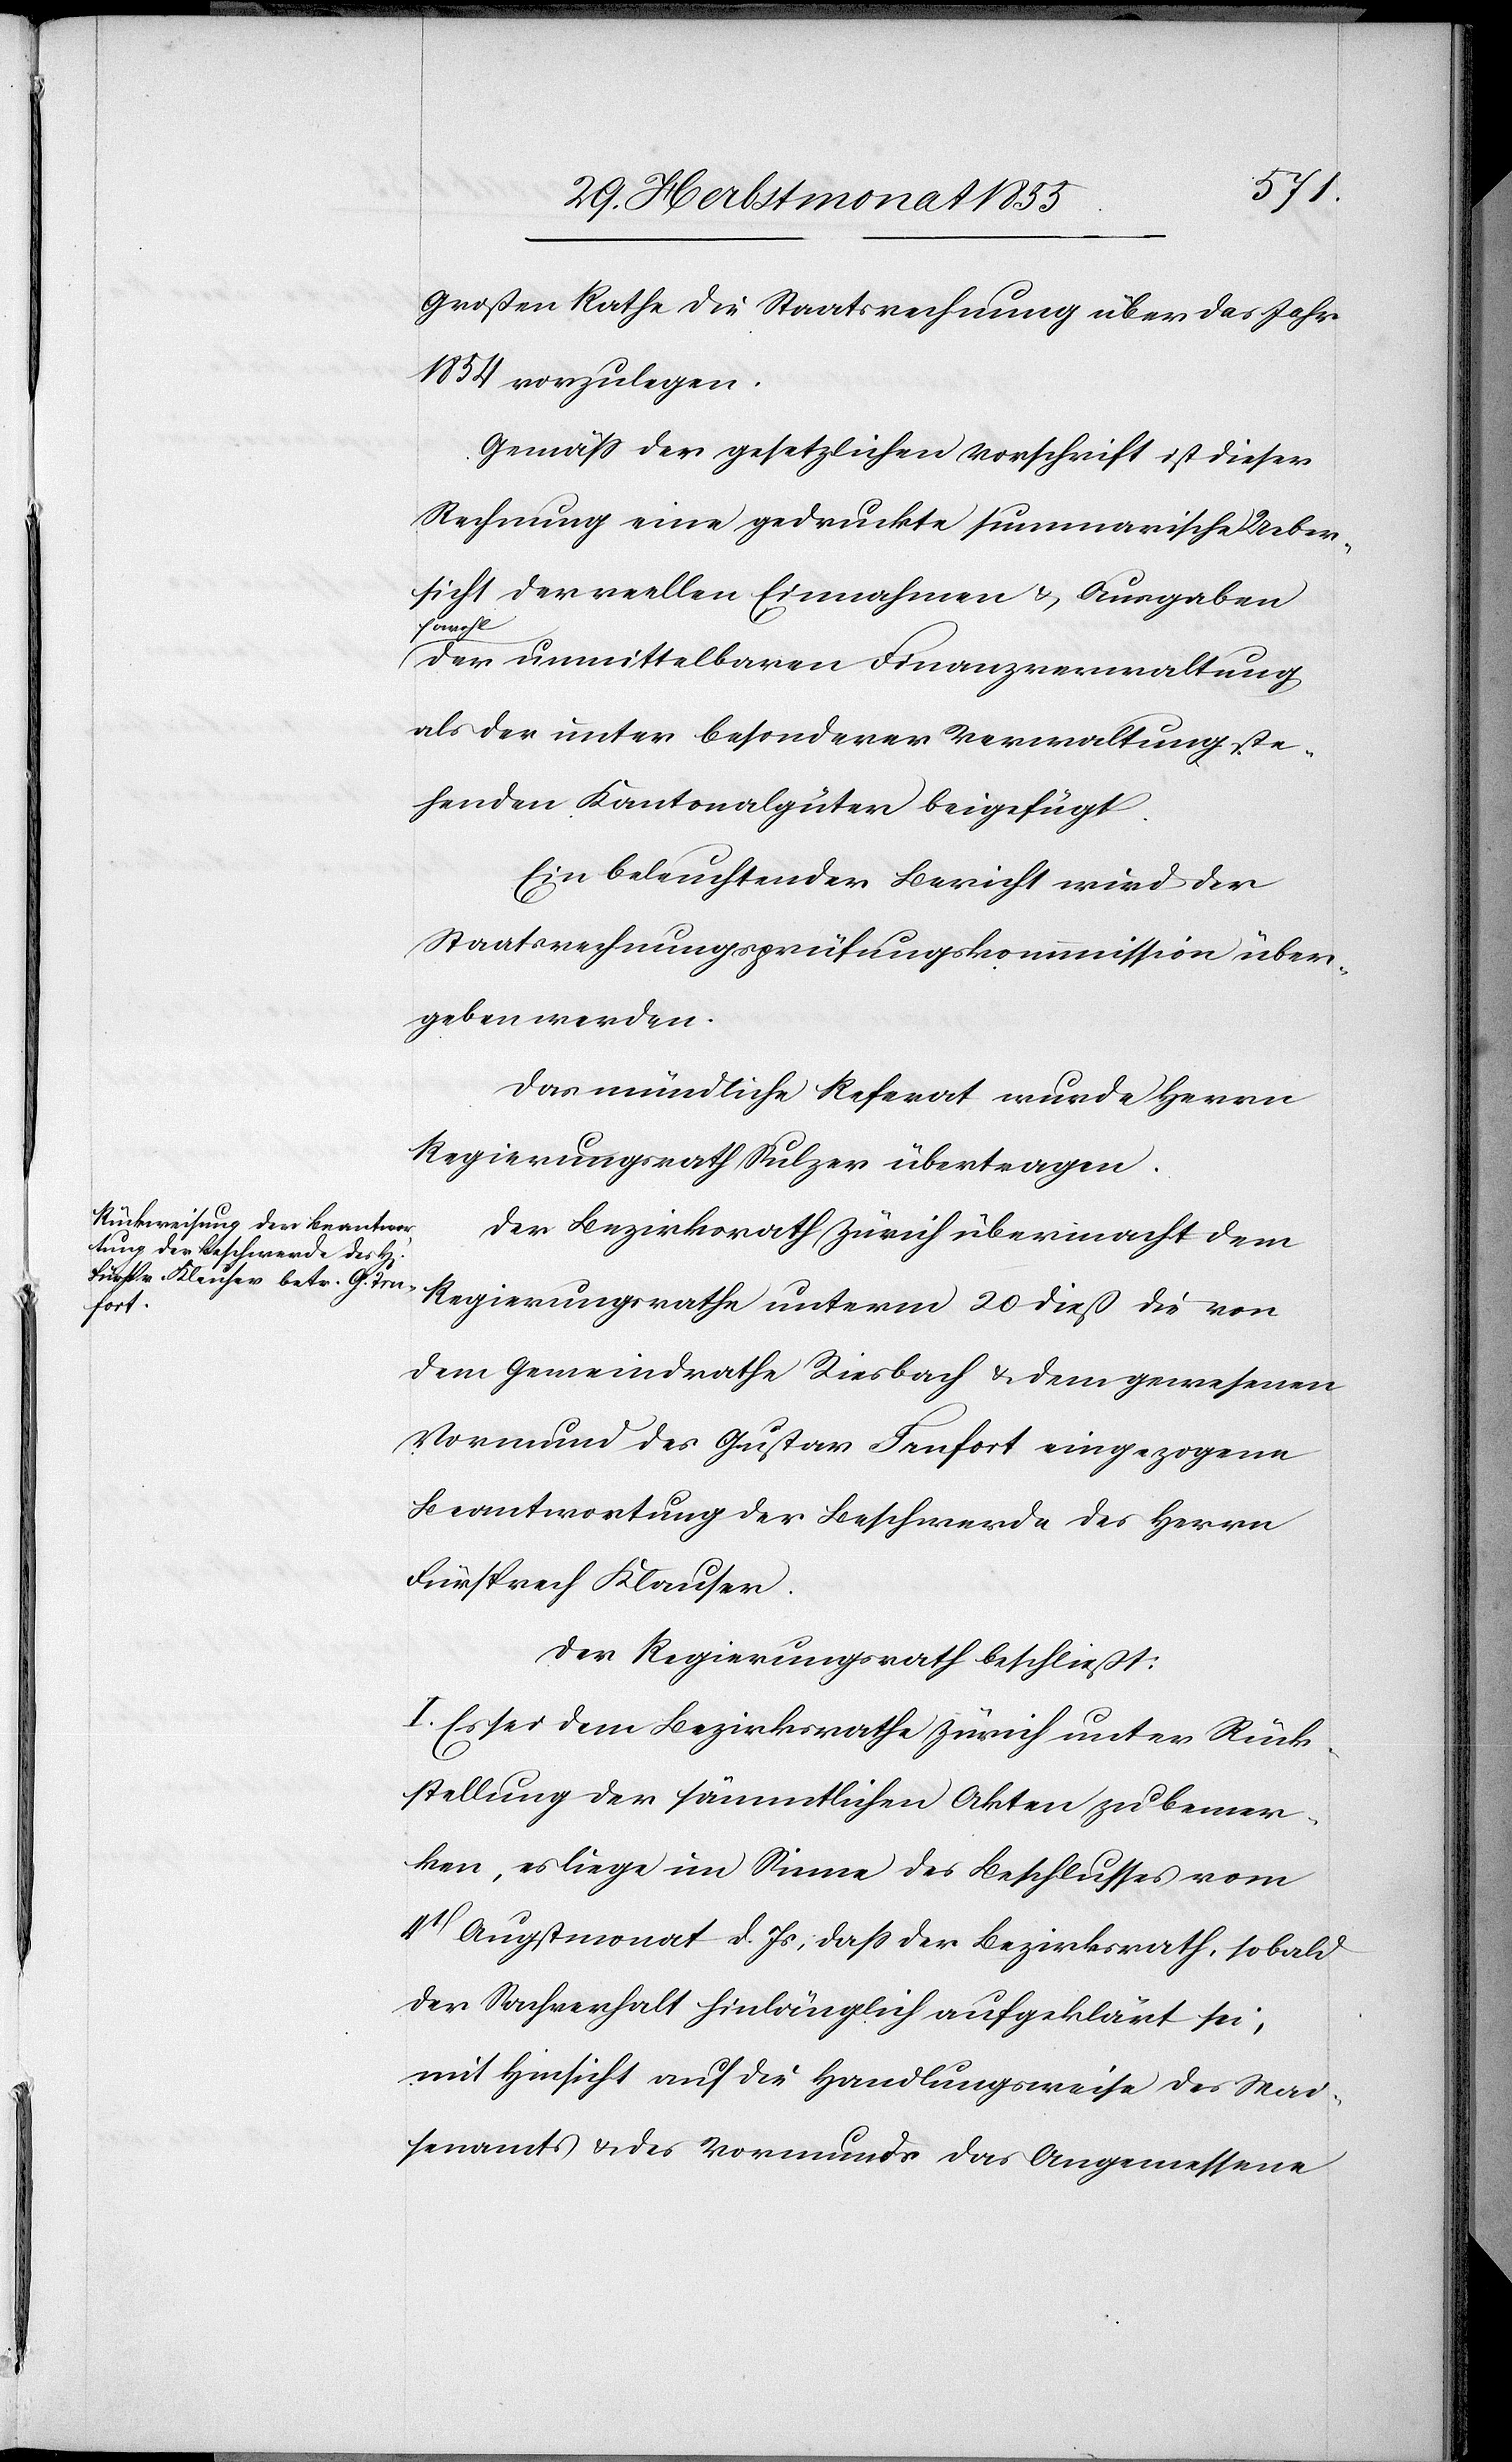
Großen Rathe die Staatsrechnung über das Jahr
1854 vorzulegen.
Gemäss der gesetzlichen Vorschrift ist dieser
Rechnung eine gedruckte summarische Ueber¬
sicht der reellen Einnahmen & Ausgaben
sowohl
der unmittelbaren Finanzverwaltung
als der unter besonderer Verwaltung ste¬
henden Kantonalgüter beigefügt.
Ein beleuchtender Bericht wird der
Staatsrechnungsprüfungskommission über¬
geben werden.
Das mündliche Referat wurde Herrn
Regierungsrath Sulzer übertragen.
Der Bezirksrath Zürich übermacht dem
Regierungsrathe unterm 20 dieß die von
dem Gemeindrathe Riesbach & dem gewesenen
Vormund des Gustav Trufort eingezogene
Beantwortung der Beschwerde des Herrn
Fürsprech Klauser.
Der Regierungsrath beschließt:
I. Es sei dem Bezirksrathe Zürich unter Rück¬
stellung der sämmtlichen Akten zu bemer¬
ken, es liege im Sinne des Beschlusses vom
4t Augstmonat d. Js, dass der Bezirksrath, sobald
der Sachverhalt hinlänglich aufgeklärt sei,
mit Hinsicht auf die Handlungsweise des Wai¬
senamts & des Vormunds das Angemessene